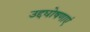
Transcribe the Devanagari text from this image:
उद्दघोषणाएं